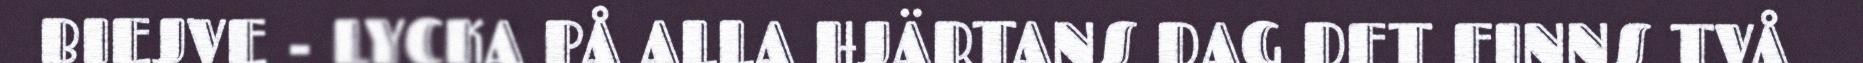
BIEJVE - LYCKA PÅ ALLA HJÄRTANS DAG DET FINNS TVÅ